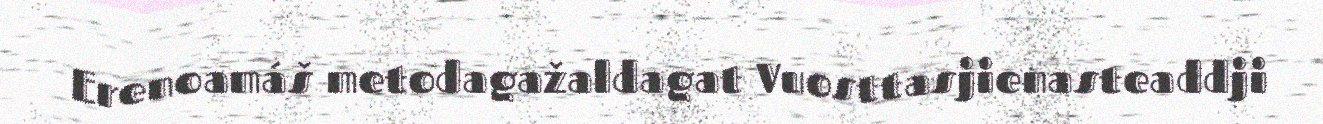
Erenoamáš metodagažaldagat Vuosttasjienasteaddji